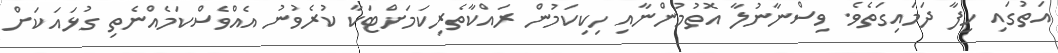
އަތުގައި ހިފާ ދަމައިގަތެވެ. ވިސްނާނުލާ އޮތުމުންނާއި ހިކިކަމުން ރައްކާތެރިކަމަށްޓަކާ ކުރެވުނު އެއްވެސްކަމެއްނެތި ގުޅައަކަށް